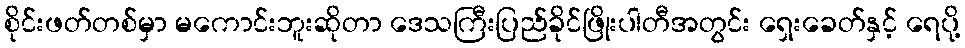
စိုင်းဖတ်တစ်မှာ မကောင်းဘူးဆိုတာ ဒေသကြီးပြည်ခိုင်ဖြိုးပါတီအတွင်း ရှေးခေတ်နှင့် ရေပို့